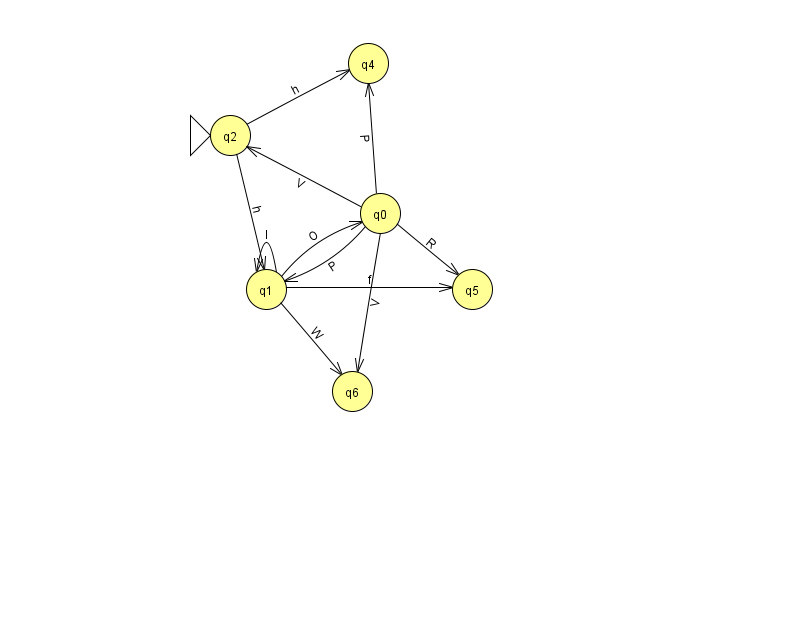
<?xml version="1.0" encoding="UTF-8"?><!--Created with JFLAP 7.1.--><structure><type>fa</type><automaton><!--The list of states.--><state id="0" name="q0"><x>380.0</x><y>200.0</y></state><state id="1" name="q1"><x>266.0</x><y>276.0</y></state><state id="2" name="q2"><x>230.0</x><y>122.0</y><initial/></state><state id="4" name="q4"><x>368.0</x><y>50.0</y></state><state id="5" name="q5"><x>472.0</x><y>276.0</y></state><state id="6" name="q6"><x>352.0</x><y>378.0</y></state><!--The list of transitions.--><transition><from>1</from><to>5</to><read>f</read></transition><transition><from>1</from><to>0</to><read>O</read></transition><transition><from>1</from><to>6</to><read>W</read></transition><transition><from>0</from><to>2</to><read>V</read></transition><transition><from>2</from><to>1</to><read>h</read></transition><transition><from>1</from><to>1</to><read>I</read></transition><transition><from>0</from><to>5</to><read>R</read></transition><transition><from>0</from><to>6</to><read>V</read></transition><transition><from>2</from><to>4</to><read>h</read></transition><transition><from>0</from><to>4</to><read>P</read></transition><transition><from>0</from><to>1</to><read>P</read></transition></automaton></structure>